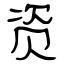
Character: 资